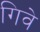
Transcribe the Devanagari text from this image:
गिवे